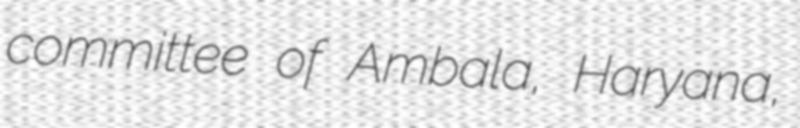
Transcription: committee of Ambala, Haryana,